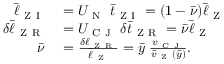
\begin{array} { r l } { \bar { \ell } _ { \mathrm { ~ Z ~ I ~ } } } & { { } = U _ { \mathrm { ~ N ~ } } \; \bar { t } _ { \mathrm { ~ Z ~ I ~ } } = ( 1 - \bar { \nu } ) \bar { \ell } _ { \mathrm { ~ Z ~ } } } \\ { \delta \bar { \ell } _ { \mathrm { ~ Z ~ R ~ } } } & { { } = U _ { \mathrm { ~ C ~ J ~ } } \; \delta \bar { t } _ { \mathrm { ~ Z ~ R ~ } } = \bar { \nu } \bar { \ell } _ { \mathrm { ~ Z ~ } } } \\ { \bar { \nu } } & { { } = \frac { \delta \ell _ { \mathrm { ~ Z ~ R ~ } } } { \bar { \ell } _ { \mathrm { ~ Z ~ } } } = \bar { y } \; \frac { v _ { \mathrm { ~ C ~ J ~ } } } { \bar { v } _ { \mathrm { ~ Z ~ } } ( \bar { y } ) } . \quad } \end{array}